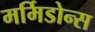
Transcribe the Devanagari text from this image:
मर्मिडोन्स